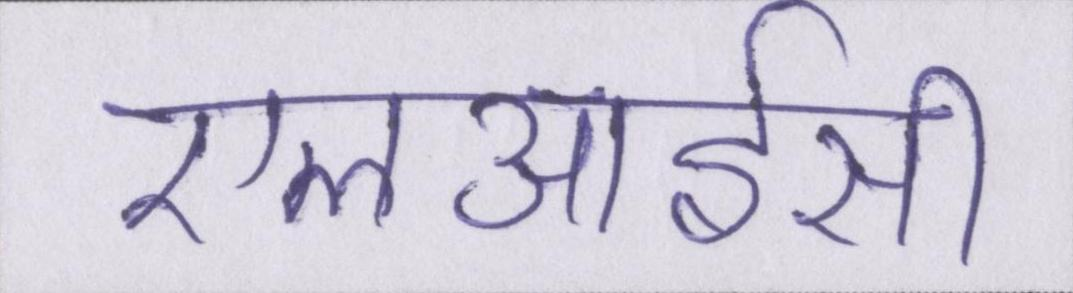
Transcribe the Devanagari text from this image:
एलआईसी